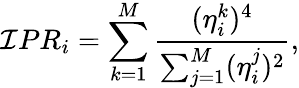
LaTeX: \mathcal{I}PR_{i}=\sum_{k=1}^{M}\frac{{(\eta_{i}^{k})^{4}}}{{\sum_{j=1}^{M}(\eta_{i}^{j})^{2}}},